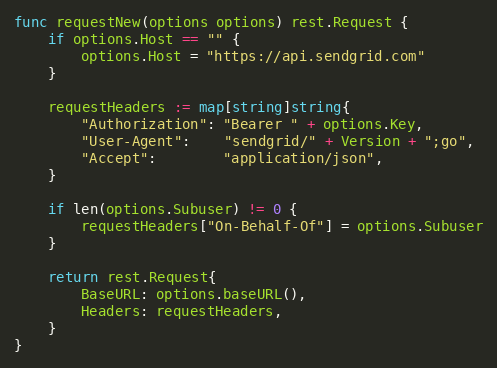
Language: Go
func requestNew(options options) rest.Request {
	if options.Host == "" {
		options.Host = "https://api.sendgrid.com"
	}

	requestHeaders := map[string]string{
		"Authorization": "Bearer " + options.Key,
		"User-Agent":    "sendgrid/" + Version + ";go",
		"Accept":        "application/json",
	}

	if len(options.Subuser) != 0 {
		requestHeaders["On-Behalf-Of"] = options.Subuser
	}

	return rest.Request{
		BaseURL: options.baseURL(),
		Headers: requestHeaders,
	}
}